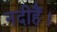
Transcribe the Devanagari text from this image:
नदीहैं।